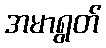
အမာရွတ်